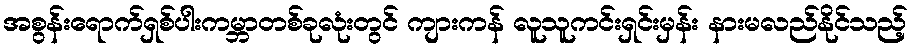
အစွန်းရောက်ရှစ်ပါးကမ္ဘာတစ်ခုလုံးတွင် ကျားကန် လူသူကင်းရှင်းမှန်း နားမလည်နိုင်သည့်